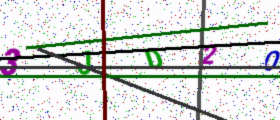
Text: 3JD20